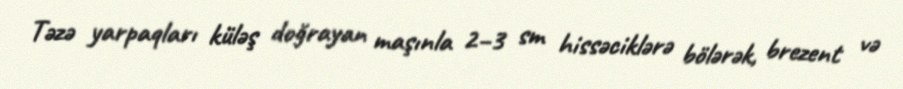
Təzə yarpaqları küləş doğrayan maşınla 2–3 sm hissəciklərə bölərək, brezent və